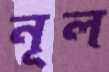
নূল